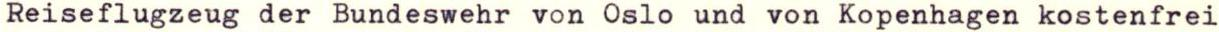
Reiseflugzeug der Bundeswehr von Oslo und von Kopenhagen kostenfrei